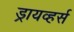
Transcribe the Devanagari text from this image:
ड्रायव्हर्स